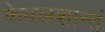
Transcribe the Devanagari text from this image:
केवलशान्तं